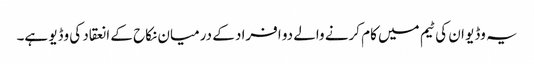
یہ وڈیو ان کی ٹیم میں کام کرنے والے دو افراد کے درمیان نکاح کے انعقاد کی وڈیو ہے۔